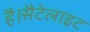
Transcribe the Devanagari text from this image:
है।सैटेलाइट